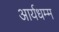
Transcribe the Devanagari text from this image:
आर्यधम्म